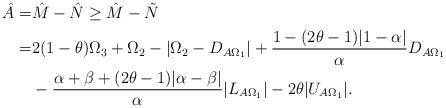
LaTeX: \begin{align*}\hat{A}=&\hat{M}-\hat{N}\geq \hat{M}-\tilde{N}\\=& 2(1-\theta)\Omega_3+\Omega_2-\vert\Omega_2-D_{A\Omega_1}\vert+\frac{1-(2\theta-1)\vert 1-\alpha\vert}{\alpha}D_{A\Omega_1}\\&-\frac{\alpha+\beta+(2\theta-1)\vert \alpha-\beta \vert}{\alpha}\vert L_{A\Omega_1}\vert-2\theta\vert U_{A\Omega_1}\vert.\end{align*}